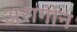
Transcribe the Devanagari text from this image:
अरागोन